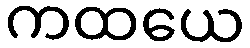
ကထယေ